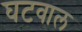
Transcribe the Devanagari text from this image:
घटवाल